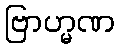
ဗြာဟ္မဏ